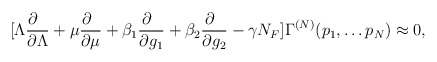
\begin{align*}[\Lambda \frac{\partial\phantom {a}}{\partial \Lambda} + \mu \frac{\partial\phantom {a}}{\partial \mu}+\beta_1 \frac{\partial\phantom{a}}{\partial g_1}+\beta_2 \frac{\partial\phantom{a}}{\partial g_2}-\gamma N_F ]\Gamma^{(N)}(p_1, \ldots p_N)\approx 0 ,\end{align*}